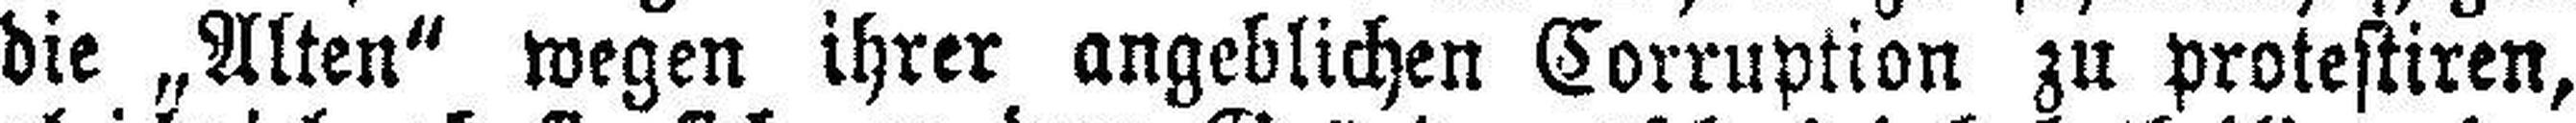
die „Alten“ wegen ihrer angeblichen Corruption zu protestiren,